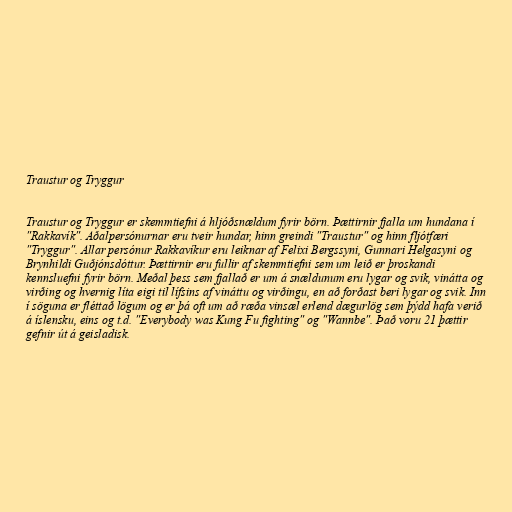
Traustur og Tryggur

Traustur og Tryggur er skemmtiefni á hljóðsnældum fyrir börn. Þættirnir fjalla um hundana í
"Rakkavík". Aðalpersónurnar eru tveir hundar, hinn greindi "Traustur" og hinn fljótfæri
"Tryggur". Allar persónur Rakkavíkur eru leiknar af Felixi Bergssyni, Gunnari Helgasyni og
Brynhildi Guðjónsdóttur. Þættirnir eru fullir af skemmtiefni sem um leið er þroskandi
kennsluefni fyrir börn. Meðal þess sem fjallað er um á snældunum eru lygar og svik, vinátta og
virðing og hvernig líta eigi til lífsins af vináttu og virðingu, en að forðast beri lygar og svik. Inn
í söguna er fléttað lögum og er þá oft um að ræða vinsæl erlend dægurlög sem þýdd hafa verið
á íslensku, eins og t.d. "Everybody was Kung Fu fighting" og "Wannbe". Það voru 21 þættir
gefnir út á geisladisk.